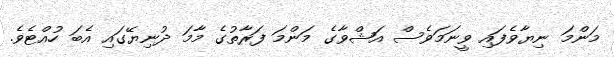
މަންމަ ނިޔާވެފައި ވީނަމަވެސް އަޝްވާގެ މަންމަ ފަރާތުގެ މާމަ ދުނިޔޭގައި އެބަ ހުއްޓެވެ.